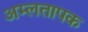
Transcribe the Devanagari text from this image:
अम्लतापक